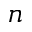
n